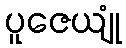
ပူဇေယျုံ